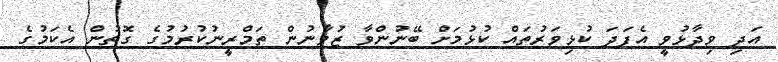
އަދި ވިދާޅުވީ އެފަދަ ކުޅިވަރުތައް ކުޅުމަށް ބޭނުންވާ ޒުވާނުން ތަމްރީނުކުރުމުގެ ގޮތުން އެކަމުގެ